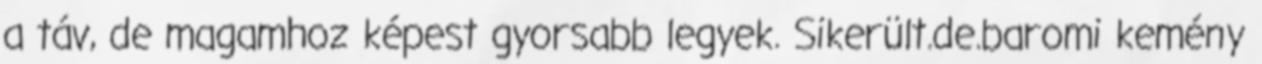
a táv, de magamhoz képest gyorsabb legyek. Sikerült.de.baromi kemény